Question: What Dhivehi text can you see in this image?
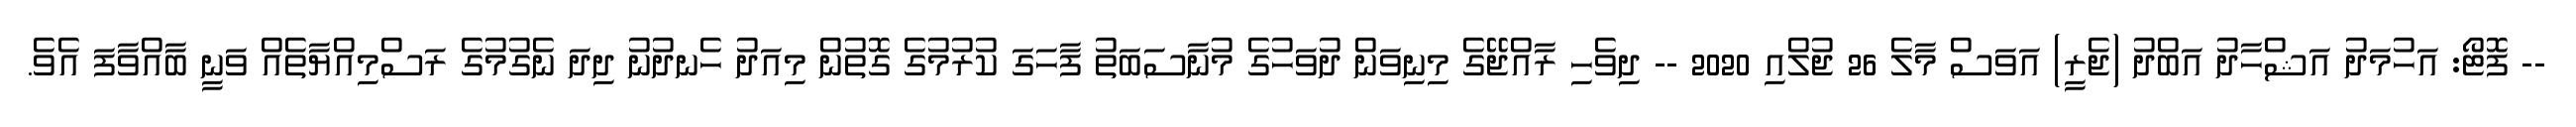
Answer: -- ފޮޓޯ: އަހުމަދު އަޝްހާދު އަބްދު (ޖެރީ) އަވަސް މާލެ 26 ޖުލްއި 2020 -- ދިވެހި ރާއްޖޭގެ މިނިވަން ދުވަހުގެ މުނާސަބަތު ފާހަގަ ކުރުމުގެ ގޮތުން މިއަދު ހެނދުނު ދިދަ ނެގުމުގެ ރަސްމިއްޔާތެއް ވަނީ ބާއްވާފަ އެވެ.